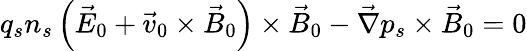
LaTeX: q_{s}n_{s}\left(\vec{E}_{0}+\vec{v}_{0}\times\vec{B}_{0}\right)\times\vec{B}_{0}-\vec{\nabla}p_{s}\times\vec{B}_{0}=0